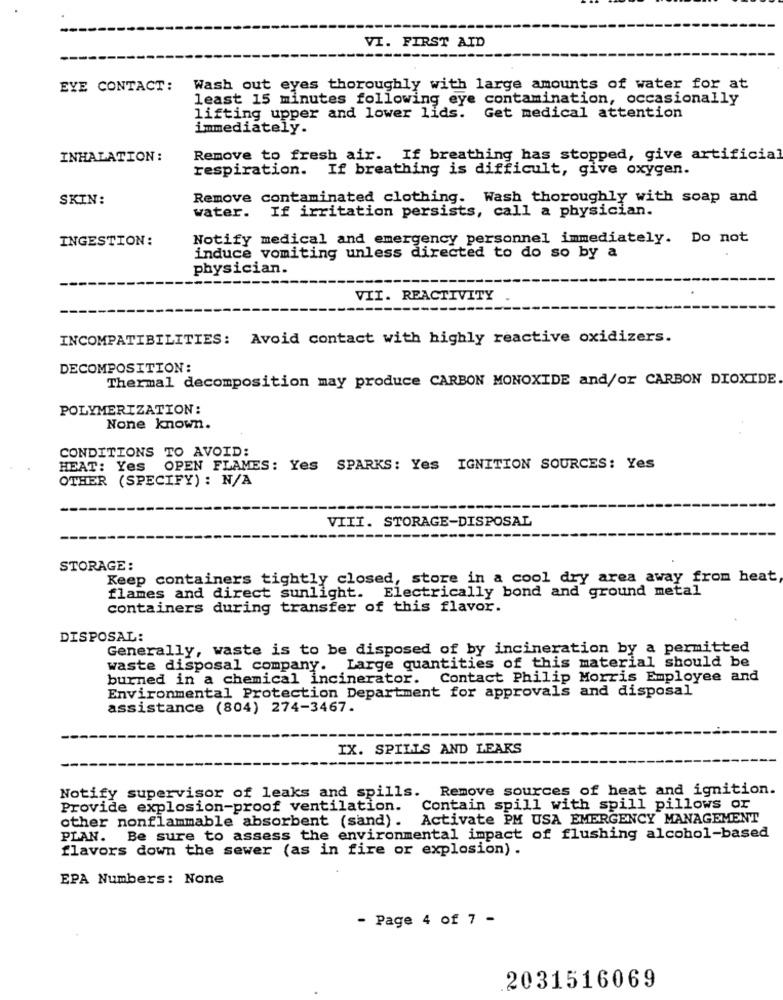
VI. FIRST AID
EYE CONTACT:
Wash out eyes thoroughly with large amounts of water for at
least 15 minutes following eye contamination, occasionally
lifting upper and lower lids. Get medical attention
immediately.
INHALATION :
Remove to fresh air. If breathing has stopped, give artificial
respiration. If breathing is difficult, give oxygen.
SKIN:
Remove contaminated clothing. Wash thoroughly with soap and
water. If irritation persists, call a physician.
INGESTION:
Notify medical and emergency personnel immediately. Do not
induce vomiting unless directed to do so by a
physician.
VII. REACTIVITY
INCOMPATIBILITIES: Avoid contact with highly reactive oxidizers.
DECOMPOSITION:
Thermal decomposition may produce CARBON MONOXIDE and/or CARBON DIOXIDE
POLYMERIZATION:
None known.
CONDITIONS TO AVOID:
HEAT: Yes OPEN FLAMES: Yes SPARKS: Yes IGNITION SOURCES: Yes
OTHER (SPECIFY) : N/A
VIII. STORAGE-DISPOSAL
STORAGE:
Keep containers tightly closed, store in a cool dry area away from heat
flames and direct sunlight. Electrically bond and ground metal
containers during transfer of this flavor.
DISPOSAL:
Generally, waste is to be disposed of by incineration by a permitted
waste disposal company. Large quantities of this material should be
burned in a chemical incinerator. Contact Philip Morris Employee and
Environmental Protection Department for approvals and disposal
assistance (804) 274-3467.
IX. SPILLS AND LEAKS
Notify supervisor of leaks and spills. Remove sources of heat and ignition.
Provide explosion-proof ventilation.
Contain spill with spill pillows or
other nonflammable absorbent (sand). Activate PM USA EMERGENCY MANAGEMENT
PLAN. Be sure to assess the environmental impact of flushing alcohol-based
flavors down the sewer (as in fire or explosion) .
EPA Numbers: None
- Page 4 of 7 -
2031516069